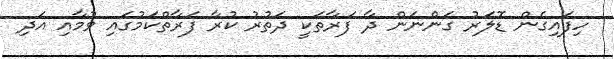
ހިފައިގެން ޑޮލަރު ގަންނަން ދާ ފަރާތަކީ ދަތުރު ކުރާ ފަރާތްކަމުގައި ވުމާއި އަދި